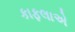
કાફલાએ